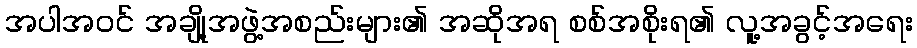
အပါအဝင် အချို့အဖွဲ့အစည်းများ၏ အဆိုအရ စစ်အစိုးရ၏ လူ့အခွင့်အရေး